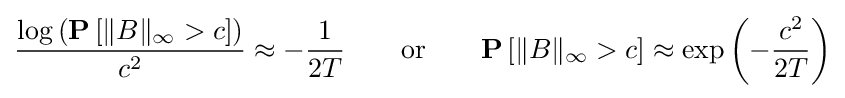
{\frac {\log \left(\mathbf {P} \left[\|B\|_{\infty }>c\right]\right)}{c^{2}}}\approx -{\frac {1}{2T}}\qquad {\text{or}}\qquad \mathbf {P} \left[\|B\|_{\infty }>c\right]\approx \exp \left(-{\frac {c^{2}}{2T}}\right)